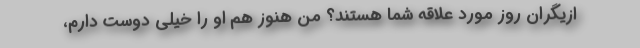
ازیگران روز مورد علاقه شما هستند؟ من هنوز هم او را خیلی دوست دارم،